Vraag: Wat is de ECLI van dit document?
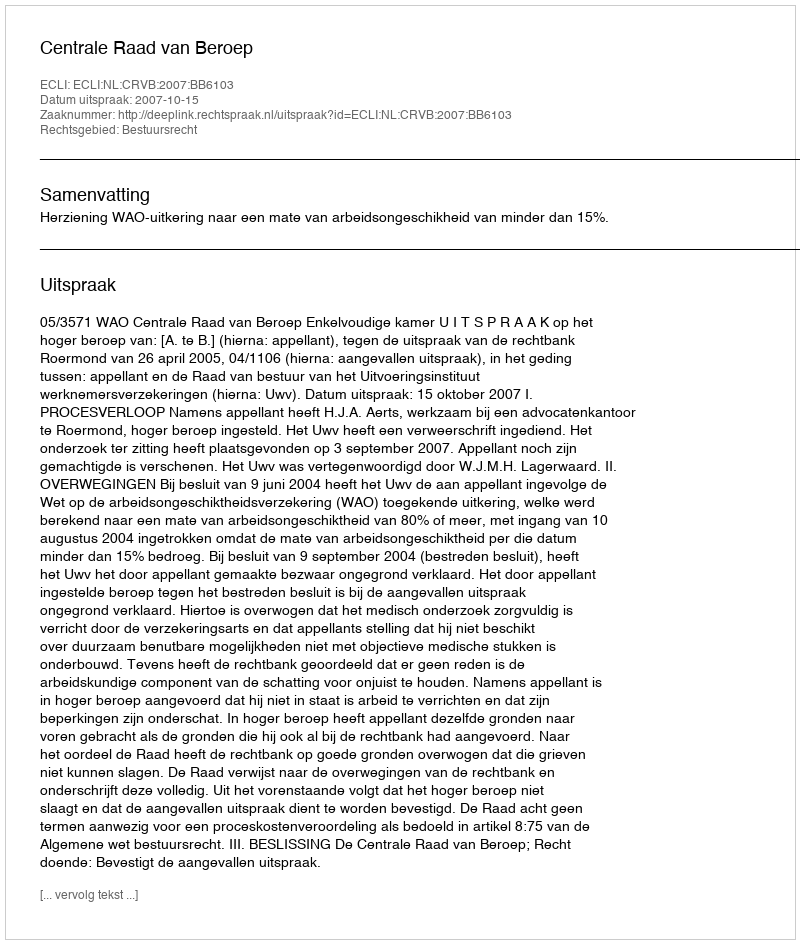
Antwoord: ECLI:NL:CRVB:2007:BB6103